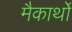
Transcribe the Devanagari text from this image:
मैकार्थों